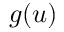
g ( u )